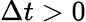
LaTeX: \Delta t>0